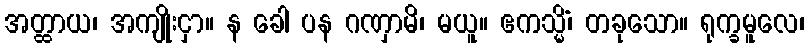
အတ္ထာယ၊ အကျိုးငှာ။ န ခေါ ပန ဂဏှာမိ၊ မယူ။ ဧကသ္မိံ၊ တခုသော။ ရုက္ခမူလေ၊